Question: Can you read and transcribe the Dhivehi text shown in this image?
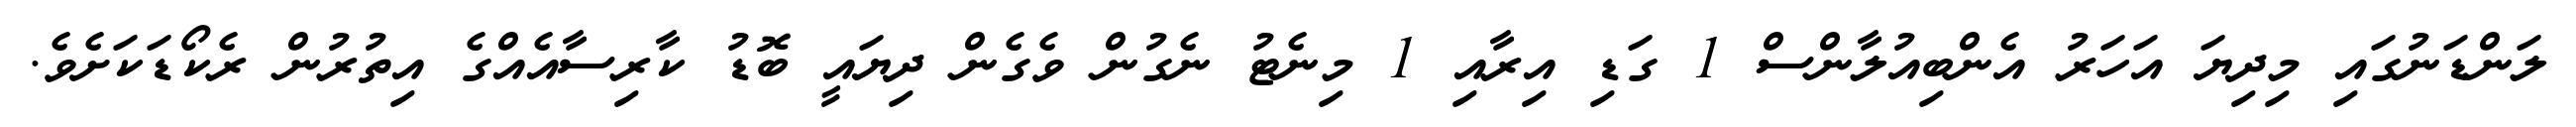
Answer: ލަންޑަނުގައި މިދިޔަ އަހަރު އެންބިއުލާންސް 1 ގަޑި އިރާއި 1 މިނެޓު ނެގުން ވެގެން ދިޔައީ ބޮޑު ކާރިސާއެއްގެ އިތުރުން ރެކޯޑަކަށެވެ.